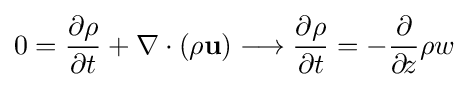
0={\partial \rho  \over \partial t}+\nabla \cdot (\rho {\textbf {u}})\longrightarrow {\partial \rho  \over \partial t}=-{\partial  \over \partial \!z}\rho w